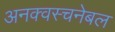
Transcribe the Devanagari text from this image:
अनक्वस्चनेबल